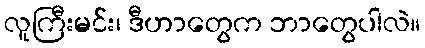
လူကြီးမင်း၊ ဒီဟာတွေက ဘာတွေပါလဲ။